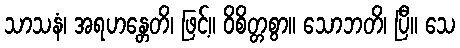
သာသနံ၊ အရဟန္တေတိ၊ ဖြင့်။ ဝိစိတ္တစွာ။ သောဘတိ၊ ပြီ။ သေ